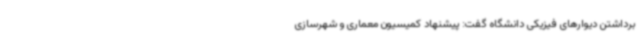
برداشتن دیوارهای فیزیکی دانشگاه گفت: پیشنهاد کمیسیون معماری و شهرسازی